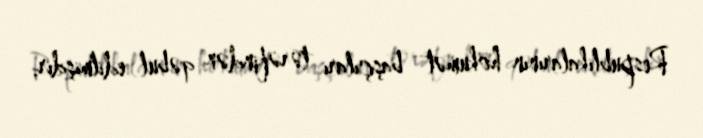
Respublikalarının hökumət başçıları tərəfindən qəbul edilmişdir.